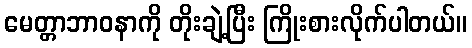
မေတ္တာဘာဝနာကို တိုးချဲ့ပြီး ကြိုးစားလိုက်ပါတယ်။